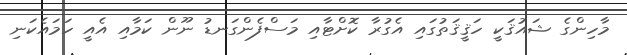
މާހިންގެ ޝައުޤަކީ ހަޤީޤަތުގައި އެގުރާ ކޮށްޓާއި މަސްފެންގަނޑު ނޫން ކަމާއި އެއީ ހަމައެކަނި